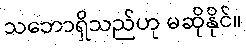
သဘောရှိသည်ဟု မဆိုနိုင်။